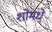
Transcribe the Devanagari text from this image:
शोमधे